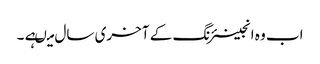
اب وہ انجینئرنگ کے آخری سال میںہے ۔